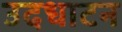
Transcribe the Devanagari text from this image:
उदधाटन